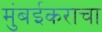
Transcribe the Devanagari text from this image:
मुंबईकराचा